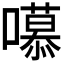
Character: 𭋼